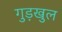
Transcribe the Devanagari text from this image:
गुड़खुल